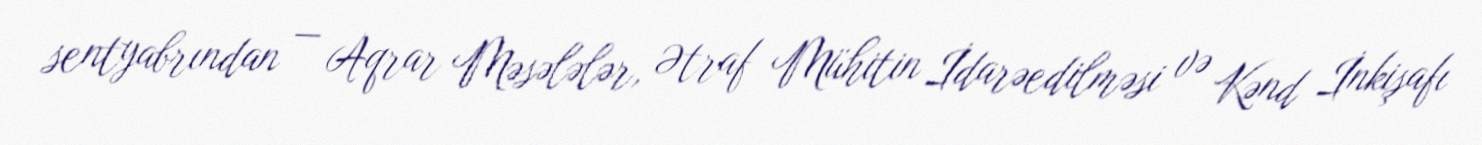
sentyabrından — Aqrar Məsələlər, Ətraf Mühitin İdarəedilməsi və Kənd İnkişafı